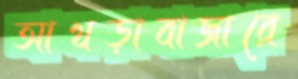
আখড়াবাজারে